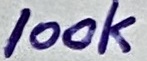
Text: 100k